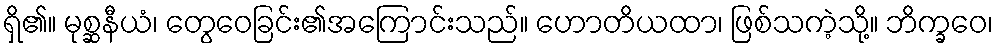
ရှိ၏။ မုစ္ဆနီယံ၊ တွေဝေခြင်း၏အကြောင်းသည်။ ဟောတိယထာ၊ ဖြစ်သကဲ့သို့။ ဘိက္ခဝေ၊